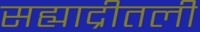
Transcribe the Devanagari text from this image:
सह्याद्रीतली